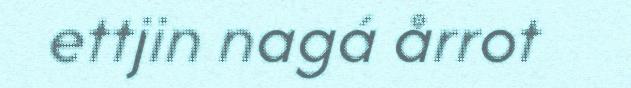
ettjin nagá årrot